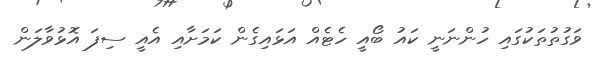
ވަގުތުތަކުގައި ހުންނަނީ ކައު ބޯއީ ހެޓެއް އަޅައިގެން ކަމަށާއި އެއީ ސިފަ އޮޅުވާލަން